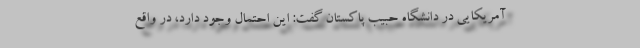
آمریکایی در دانشگاه حبیب پاکستان گفت: این احتمال وجود دارد، در واقع